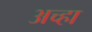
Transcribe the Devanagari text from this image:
अच्हा